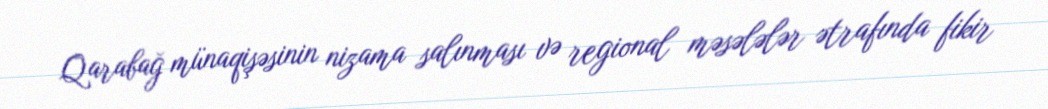
Qarabağ münaqişəsinin nizama salınması və regional məsələlər ətrafında fikir